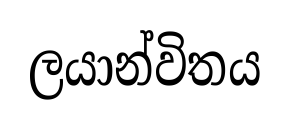
ලයාන්විතය